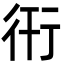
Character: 衎